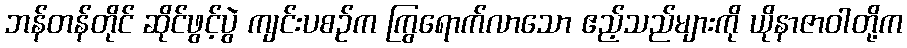
ဘန်တန်တိုင် ဆိုင်ဖွင့်ပွဲ ကျင်းပစဉ်က ကြွရောက်လာသော ဧည့်သည်များကို ယိုနာဇာဝါတို့က